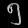
Digit: ၅